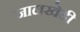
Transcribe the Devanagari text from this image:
जालखेडी